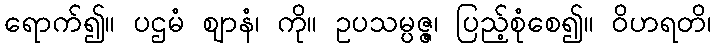
ရောက်၍။ ပဌမံ ဈာနံ၊ ကို။ ဥပသမ္ပဇ္ဇ၊ ပြည့်စုံစေ၍။ ဝိဟရတိ၊